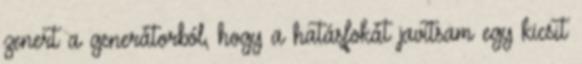
zenert a generátorból, hogy a hatásfokát javítsam egy kicsit